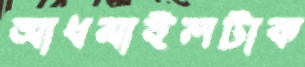
আধমাইলটাক